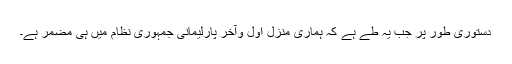
دستوری طور پر جب یہ طے ہے کہ ہماری منزل اول وآخر پارلیمانی جمہوری نظام میں ہی مضمر ہے۔